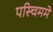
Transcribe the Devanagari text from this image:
पस्चिममे